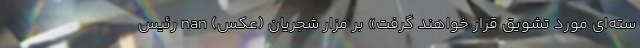
سته‌ای مورد تشویق قرار خواهند گرفت» بر مزار شجریان (عکس) nan رئیس